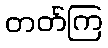
တတ်ကြ